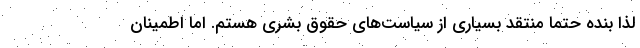
لذا بنده حتما منتقد بسياري از سياست‌هاي حقوق بشري هستم. اما اطمينان